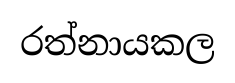
රත්නායකල